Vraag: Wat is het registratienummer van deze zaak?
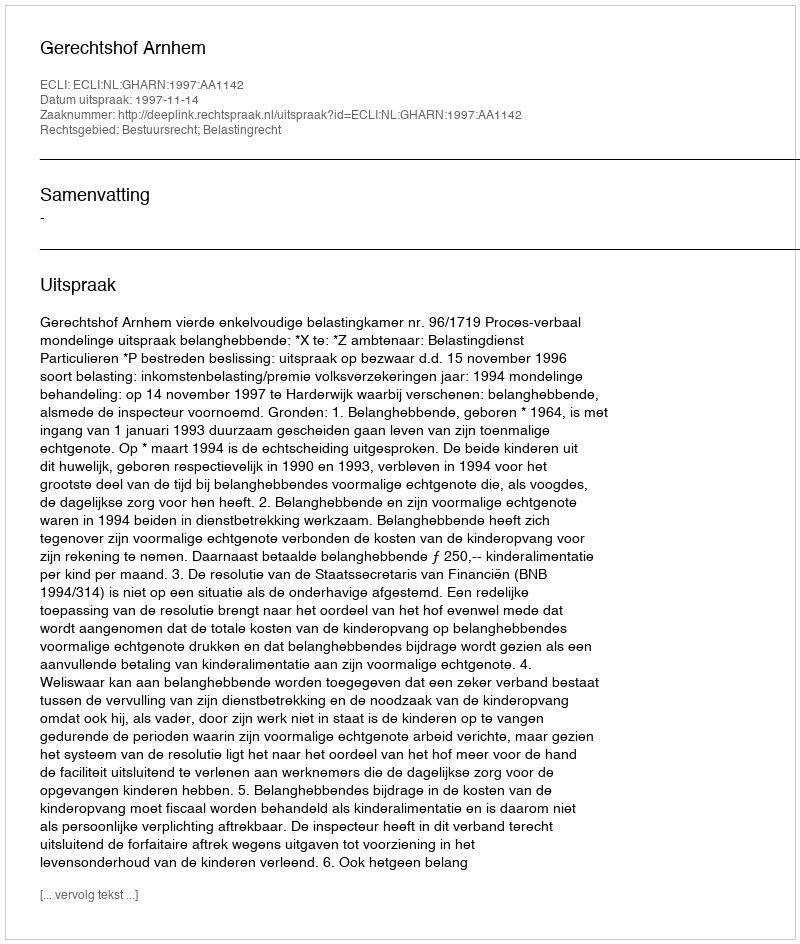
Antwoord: http://deeplink.rechtspraak.nl/uitspraak?id=ECLI:NL:GHARN:1997:AA1142